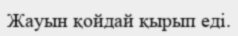
Жауын қойдай қырып еді.